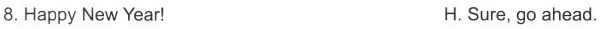
8.Happy New Year! H. Sure, go ahead.